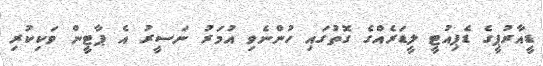
ޑީއާރުޕީގެ ޑެޕިއުޓީ ލީޑަރެއްގެ ގޮތުގައި ހުންނެވި އުމަރު ނަސީރު އެ ޕާޓީން ވަކިކުރި